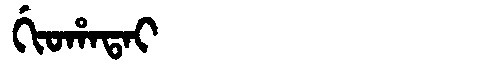
Manchu: ᡤᡳᠣᡥᠠᡨᠠᡳ
Romanization: GIOHATAI